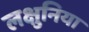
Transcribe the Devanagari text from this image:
लक्षुनिया